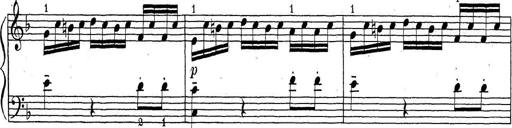
Title: ÄŒeskÃ© Sonatiny
Composer: Various